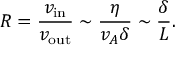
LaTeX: R = { \frac { v _ { \mathrm { i n } } } { v _ { \mathrm { o u t } } } } \sim { \frac { \eta } { v _ { A } \delta } } \sim { \frac { \delta } { L } } .